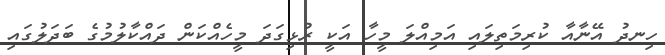
ހިނދު އޭނާއާ ކުރިމަތިލައި އަމިއްލަ މީހާ އަކީ ރުޅިގަދަ މީހެއްކަން ދައްކާލުމުގެ ބަދަލުގައި